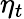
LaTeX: \eta_{t}